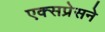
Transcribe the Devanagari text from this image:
एक्सप्रेसने